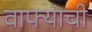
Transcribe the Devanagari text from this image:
वाफ्याची